Vaccination United Provinces of Agra and Oudh 1914-1922 - 1914-1922
Year: 1914
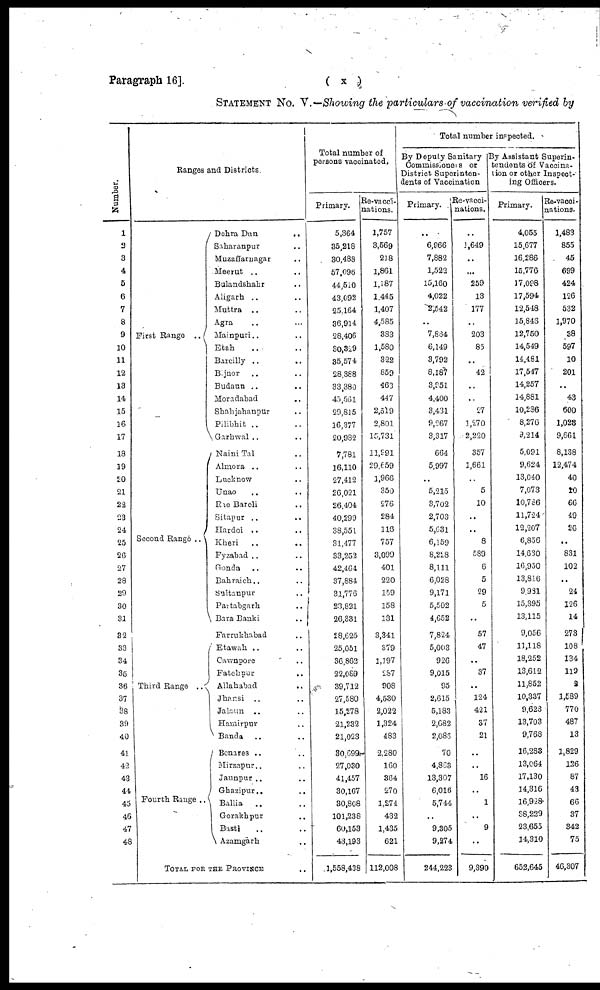
Paragraph 16].
( x )
STATEMENT No. V .—Showing the particulars of vaccination verified by
Number.
1
2
3
4
5
6
7
8
9
10
11
12
13
14
15
16
17
18
19
20
21
22
29
24
25
26
27
28
20
30
31
32
33
34
35
36
37
38
39
40
41
42
43
44
45
46
47
48
Ranges and Districts.
First Range ..
Second Range ..
Third Range ..
Fourth Range ..
Dehra Dun
..
Saharanpur ..
Muzaffarnagar ..
Meerut .. ..
Bulandshahr ..
Aligarh .. ..
Muttra .. ..
Agra .. ..
Mainpuri .. ..
Etah .. ..
Bareilly .. ..
Bijnor .. ..
Budaun .. ..
Moradabad ..
Shahjahanpur ..
Pilibhit .. ..
Garhwal .. ..
Naini Tal ..
Almora .. ..
Lucknow ..
Unao .. ..
Rae Bareli ..
Sitapur .. ..
Hardoi .. ..
Kheri
..
..
Fyzabad .. ..
Gonda .. ..
Bahraich.. ..
Sultanpur ..
Partabgarh ..
Bara Banki ..
Farrukhabad ..
Etawah .. ..
Cawnpore ..
Fatehpur ..
Allahabad ..
Jhansi .. ..
Jalaun .. ..
Hamirpur ..
Banda
.. ..
Benares .. ..
Mirzapur.. ..
Jaunpur .. ..
Ghazipur.. ..
Ballia
.. ..
Gorakhpur ..
Basti .. ..
Azamgarh ..
TOTAL FOR THE PROVINCE
Total number of
persons vaccinated.
Primary.
5,364
35,218
30,488
57,096
44,510
43,092
25,164
36,914
28,406
30,329
35,574
28,388
33,380
45,661
29,815
16,377
20,982
7,781
16,110
27,412
26,021
26,404
40,299
38,551
31,477
33,252
42,464
37,884
31,776
23,821
26,331
28,625
25,051
36,862
22,089
39,712
27,580
15,278
21,232
21,023
30,699
27,030
41,457
30,167
30,808
101,238
60,153
43,193
1,558,438
Re-vacci¬
nations.
1,757
3,569
218
1,861
1,187
1,445
1,407
4,585
383
1,580
322
859
463
447
2,519
2,801
15,731
11,991
29,659
1,966
350
276
284
116
757
3,099
401
220
159
158
131
3,341
379
1,197
287
908
4,530
2,022
1,324
483
2,280
160
364
270
1,274
432
1,435
621
112,008
Total number inspected.
By Deputy Sanitary
Commissioners or
District Superinten-
dents of Vaccination
Primary.
..
6,966
7,882
1,522
15,160
4,022
2,542
..
7,864
6,149
3,792
8,187
3,951
4,400
3,431
9,267
3,317
664
5,997
..
5,215
3,702
2,703
5,631
6,159
8,228
8,111
6,028
9,171
5,502
4,652
7,824
5,003
926
9,015
95
2,615
5,183
2,682
2,086
70
4,863
13,307
6,016
5,744
..
9,305
9,274
244,223
Re-vacci¬
nations.
..
1,649
..
...
259
13
177
..
203
85
..
42
..
..
27
1,270
2,220
357
1,661
..
5
10
..
..
8
589
6
5
29
5
..
57
47
..
37
..
124
421
37
21
..
..
16
..
1
..
9
..
9,390
By Assistant Superin-
tendents of Vaccina-
tion or other Inspect-
ing Officers.
Primary.
4,055
15,677
16,286
15,776
17,098
17,594
12,548
15,846
12,750
14,549
14,481
17,547
14,257
14,881
10,286
8,276
9,214
5,091
9,624
13,040
7,073
10,786
11,724
12,207
6,856
14,630
16,950
13,816
9,981
15,395
13,115
9,056
11,118
18,252
13,612
11,852
10,337
9,623
13,703
9,768
16,283
13,064
17,130
14,316
16,928
38,229
23,655
14,310
652,645
Re-vacci¬
nations.
1,483
855
45
699
424
126
532
1,970
38
597
10
201
..
43
600
1,023
9,661
8,138
12,474
40
10
66
49
26
..
831
102
..
24
126
14
273
108
134
119
2
1,589
770
487
13
1,829
126
87
43
66
37
342
75
46,307